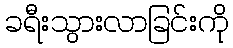
ခရီးသွားလာခြင်းကို